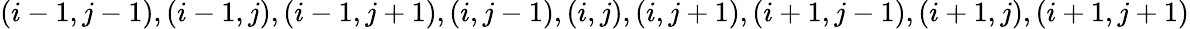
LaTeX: (i-1,j-1),(i-1,j),(i-1,j+1),(i,j-1),(i,j),(i,j+1),(i+1,j-1),(i+1,j),(i+1,j+1)